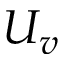
U _ { v }